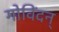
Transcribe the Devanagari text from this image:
गोविंदन्